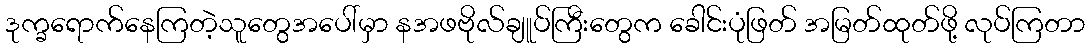
ဒုက္ခရောက်နေကြတဲ့သူတွေအပေါ်မှာ နအဖဗိုလ်ချူပ်ကြီးတွေက ခေါင်းပုံဖြတ် အမြတ်ထုတ်ဖို့ လုပ်ကြတာ